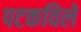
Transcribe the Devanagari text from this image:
पटकविले